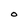
Character: O